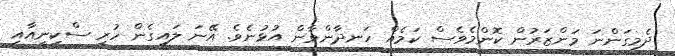
ދެމިގަންނަ މަންޒަރުން ކޮންމެވެސް ކަމެއް ހަނދާންވާން އުޅުނެވެ. އޭނަ ލައިގެން ހުރި ސްކިނީއާއި